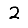
Digit: 2